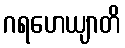
ဂရဟေယျာတိ